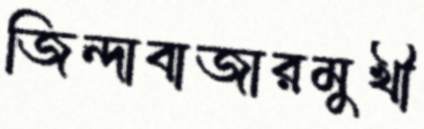
জিন্দাবাজারমুখী